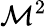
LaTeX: \mathcal{M}^{2}